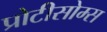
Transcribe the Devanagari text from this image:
प्रोटीसोम्स